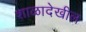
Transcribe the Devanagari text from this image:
शाळादेखील